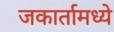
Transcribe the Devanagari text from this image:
जकार्तामध्ये